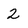
Character: 2